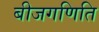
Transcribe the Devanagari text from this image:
बीजगणिति